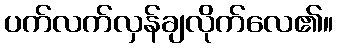
ပက်လက်လှန်ချလိုက်လေ၏။